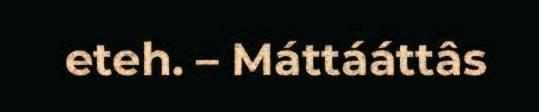
eteh. – Máttááttâs